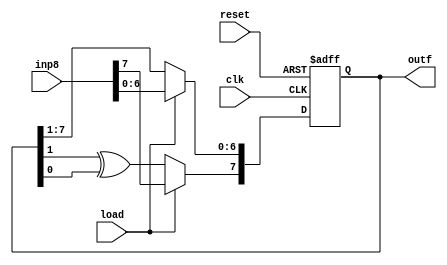
module prng (outf, inp8, clk,load,reset);
input clk, reset, load;
input [7:0] inp8; 	// input 8 bit
output [7:0] outf; 	// 8 bit outp
wire out1, out2,out3; 	// wire comming out of ff and shifter
reg [7:0] ff; 		// flip flop with 8 bits
always @(posedge clk or posedge reset)
begin 
	if (reset) begin
		ff <= 0;
		
	end
	else if (load) begin
		ff <= inp8;
	end
	else begin
		ff[6:0] = (ff[7:1]); // shifting the bits when load ==0 , shifts to right
		ff[7] = out3; // and 7th becomes the output from xor
	end
end
assign out1 = ff[1];
assign out2 = ff[0];
assign out3 = out1^out2;
assign 	outf = ff;
endmodule